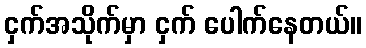
ငှက်အသိုက်မှာ ငှက် ပေါက်နေတယ်။